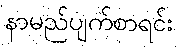
နာမည်ပျက်စာရင်း